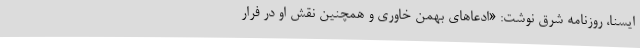
ایسنا، روزنامه شرق نوشت: «ادعاهای بهمن خاوری و همچنین نقش او در فرار